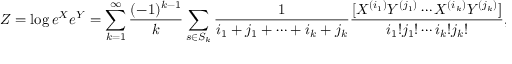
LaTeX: Z = \log e ^ { X } e ^ { Y } = \sum _ { k = 1 } ^ { \infty } { \frac { ( - 1 ) ^ { k - 1 } } { k } } \sum _ { s \in S _ { k } } { \frac { 1 } { i _ { 1 } + j _ { 1 } + \cdots + i _ { k } + j _ { k } } } { \frac { [ X ^ { ( i _ { 1 } ) } Y ^ { ( j _ { 1 } ) } \cdots X ^ { ( i _ { k } ) } Y ^ { ( j _ { k } ) } ] } { i _ { 1 } ! j _ { 1 } ! \cdots i _ { k } ! j _ { k } ! } } , ~ i _ { r } , j _ { r } \geq 0 , ~ i _ { r } + j _ { r } > 0 , ~ 1 \leq r \leq k .